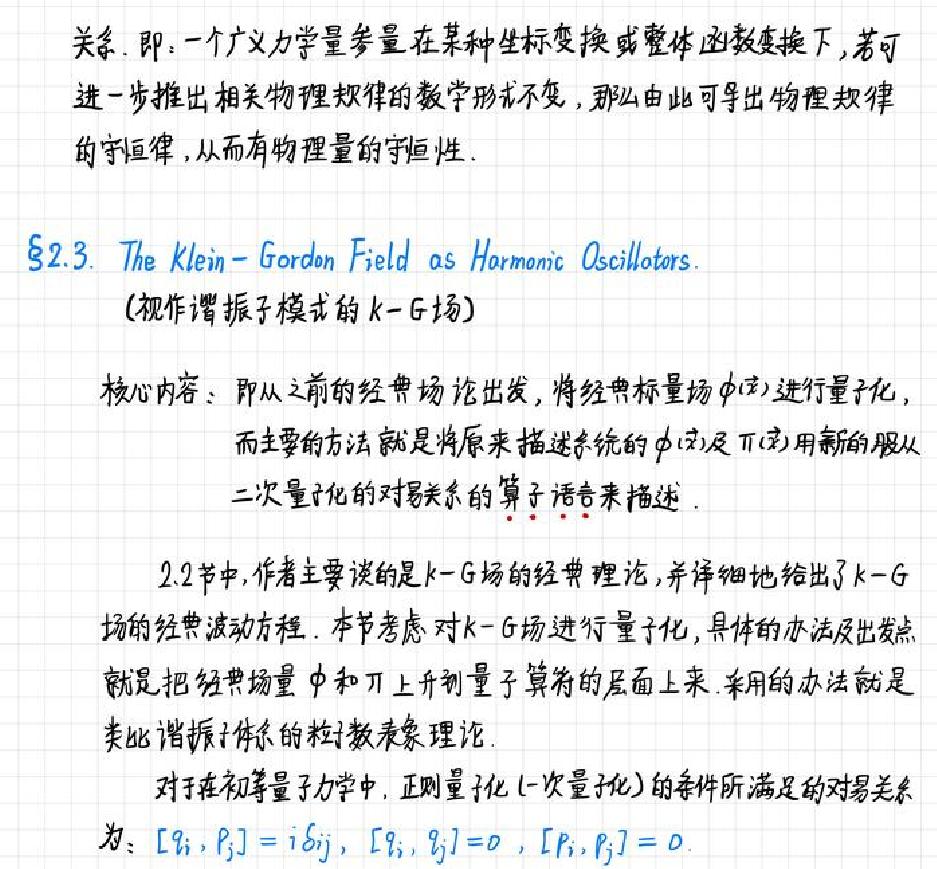
关系. 即: 一个广义力学量参量在某种坐标变换或整体函数变换下, 若可
进一步推出相关物理规律的数学形式不变, 那么由此可导出物理规律
的守恒律, 从而有物理量的守恒性.

§2.3. The Klein - Gordon Field as Harmonic Oscillators.
(视作谐振子模式的k - G场)

核心内容: 即从之前的经典场论出发, 将经典标量场$\phi(\vec{x})$进行量子化,
而主要的方法就是将原来描述系统的$\phi(\vec{x})$及$\pi(\vec{x})$用新的服从
二次量子化的对易关系的算子语言来描述.

2.2节中, 作者主要谈的是k - G场的经典理论, 并详细地给出了k - G
场的经典波动方程. 本节考虑对k - G场进行量子化, 具体的办法及出发点
就是把经典场量$\phi$和$\pi$上升到量子算符的层面上来. 采用的办法就是
类比谐振子体系的粒子数表象理论.

对于在初等量子力学中, 正则量子化(一次量子化)的条件所满足的对易关系
为: $[q_i, p_j]=i\delta_{ij}$, $[q_i, q_j]=0$, $[p_i, p_j]=0$.